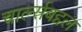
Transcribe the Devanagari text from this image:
चार्ल्सबद्दल